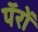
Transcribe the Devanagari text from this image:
पॅरों